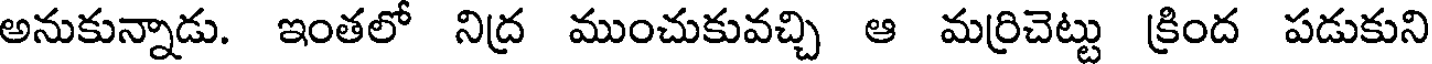
అనుకున్నాడు. ఇంతలో నిద్ర ముంచుకువచ్చి ఆ మర్రిచెట్టు క్రింద పడుకుని